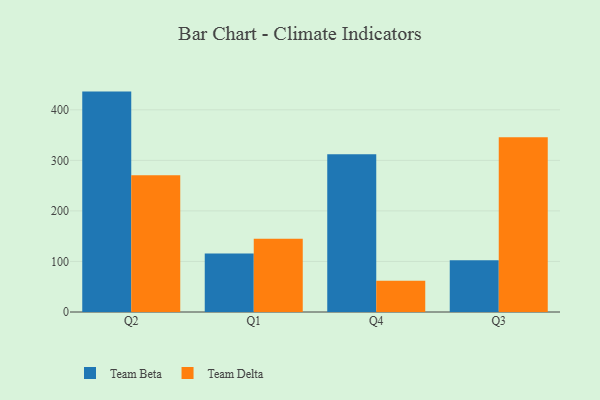
{"axis": {"x": "Quarter", "y": "Headcount"}, "legend": ["Team Beta", "Team Delta"], "data": [{"x": "Q2", "y": 436.1, "type": "Team Beta"}, {"x": "Q2", "y": 270.8, "type": "Team Delta"}, {"x": "Q1", "y": 115.8, "type": "Team Beta"}, {"x": "Q1", "y": 144.7, "type": "Team Delta"}, {"x": "Q4", "y": 312.3, "type": "Team Beta"}, {"x": "Q4", "y": 62.0, "type": "Team Delta"}, {"x": "Q3", "y": 102.4, "type": "Team Beta"}, {"x": "Q3", "y": 345.7, "type": "Team Delta"}]}